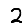
Digit: 2